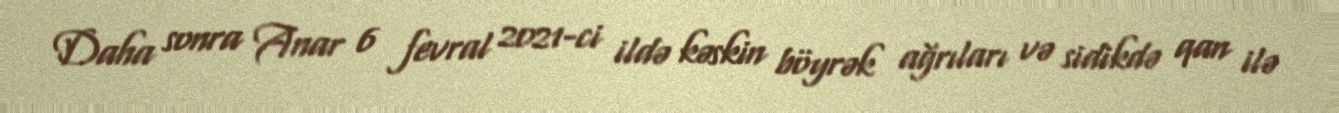
Daha sonra Anar 6 fevral 2021-ci ildə kəskin böyrək ağrıları və sidikdə qan ilə